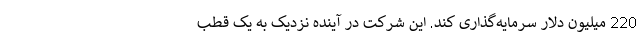
220 میلیون دلار سرمایه‌گذاری کند. این شرکت در آینده نزدیک به یک قطب